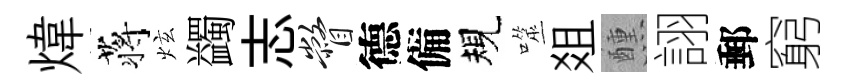
煒蒋炫蠲志瞥德備規噬爼醺詡郵窮